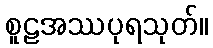
စူဠအဿပုရသုတ်။